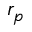
r _ { p }